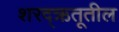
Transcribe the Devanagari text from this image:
शरद्‌ऋतूतील